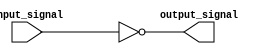
module inverter(
    input wire input_signal,
    output reg output_signal
);

assign output_signal = ~input_signal;

endmodule